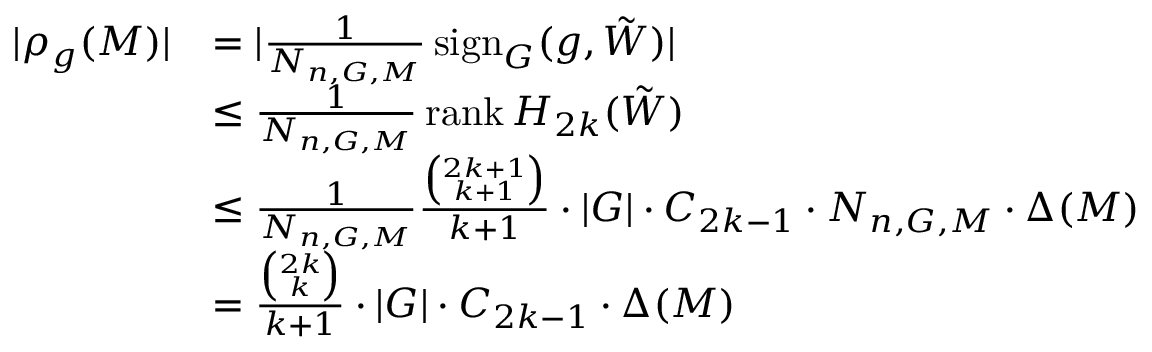
\begin{array} { r l } { \lvert \rho _ { g } ( M ) \rvert } & { = \lvert \frac { 1 } { N _ { n , G , M } } \operatorname { s i g n } _ { G } ( g , \Tilde { W } ) \rvert } \\ & { \leq \frac { 1 } { N _ { n , G , M } } \operatorname { r a n k } { H _ { 2 k } ( \Tilde { W } ) } } \\ & { \leq \frac { 1 } { N _ { n , G , M } } \frac { \binom { 2 k + 1 } { k + 1 } } { k + 1 } \cdot \lvert G \rvert \cdot C _ { 2 k - 1 } \cdot N _ { n , G , M } \cdot \Delta ( M ) } \\ & { = \frac { \binom { 2 k } { k } } { k + 1 } \cdot \lvert G \rvert \cdot C _ { 2 k - 1 } \cdot \Delta ( M ) } \end{array}